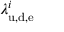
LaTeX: \lambda _ { \mathrm { u , d , e } } ^ { i }